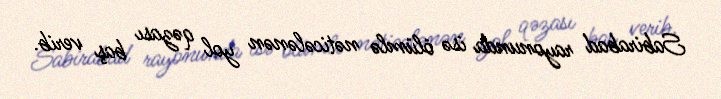
Sabirabad rayonunda isə ölümlə nəticələnən yol qəzası baş verib.